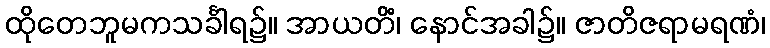
ထိုတေဘူမကသင်္ခါရ၌။ အာယတိံ၊ နောင်အခါ၌။ ဇာတိဇရာမရဏံ၊